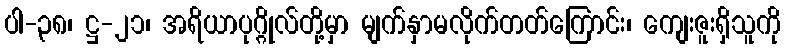
ပါ-၃၈၊ ဋ္ဌ-၂၁၊ အရိယာပုဂ္ဂိုလ်တို့မှာ မျက်နှာမလိုက်တတ်ကြောင်း၊ ကျေးဇူးရှိသူကို